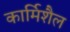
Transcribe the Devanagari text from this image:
कार्मिशैल